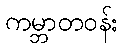
ကမ္ဘာတဝန်း